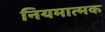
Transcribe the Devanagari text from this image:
नियमात्मक